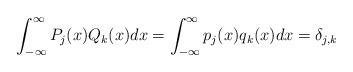
LaTeX: \begin{align*}\int_{-\infty}^{\infty} P_j(x) Q_k(x) dx = \int_{-\infty}^{\infty} p_j(x)q_k(x)dx= \delta_{j,k} \end{align*}